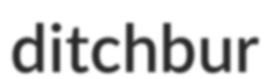
ditchbur